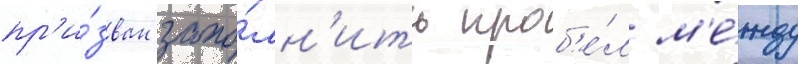
пр'и́зван запо́лн'ить проб'е́л м'е́жду